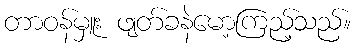
တာဝန်မှူး ဖျတ်ခနဲမော့ကြည့်သည်။